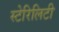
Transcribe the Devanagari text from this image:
स्टेरिलिटी